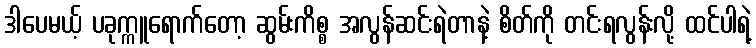
ဒါပေမယ့် ပခုက္ကူရောက်တော့ ဆွမ်းကိစ္စ အလွန်ဆင်းရဲတာနဲ့ စိတ်ကို တင်းရလွန်းလို့ ထင်ပါရဲ့